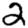
Digit: 2